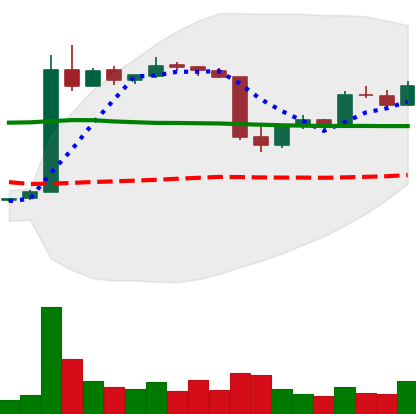
Ticker: LTC-USD
Chart end date: 2015-06-08
Forward return: 4.202%
Label: up_3_5